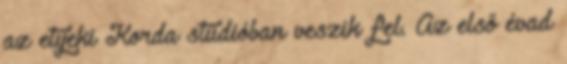
az etyeki Korda stúdióban veszik fel. Az első évad